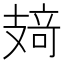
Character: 𰕂